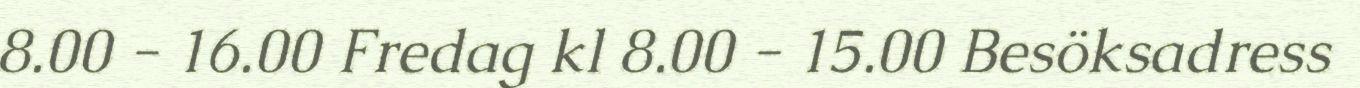
8.00 - 16.00 Fredag kl 8.00 - 15.00 Besöksadress